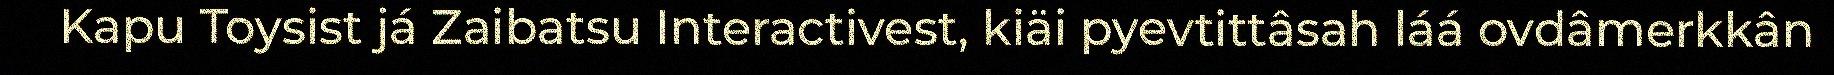
Kapu Toysist já Zaibatsu Interactivest, kiäi pyevtittâsah láá ovdâmerkkân